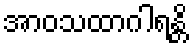
အာဝသထာဂါရန္တိ